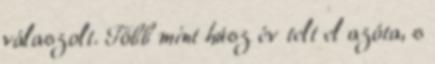
válaszolt. Több mint húsz év telt el azóta, s